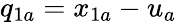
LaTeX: q_{1a}=x_{1a}-u_{a}